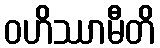
ဝဟိဿာမီတိ